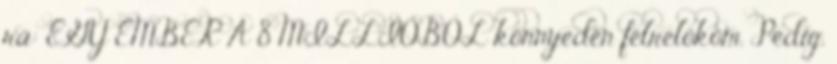
rá: EGY EMBER A 8 MILLIÓBÓL könnyedén félrelököm. Pedig,